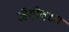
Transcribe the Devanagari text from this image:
जैगीषध्य